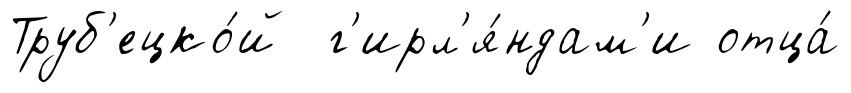
Труб'ецко́й г'ирл'я́ндам'и отца́